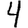
Digit: 4